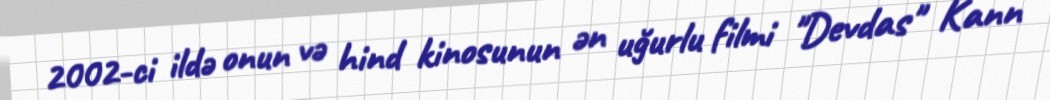
2002-ci ildə onun və hind kinosunun ən uğurlu filmi "Devdas" Kann